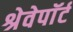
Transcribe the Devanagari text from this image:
श्रेवेपाॅर्ट